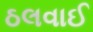
ઠલવાઈ